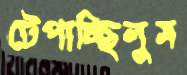
টেপাচ্ছিলুম